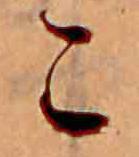
こ